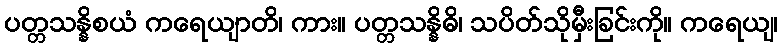
ပတ္တသန္နိစယံ ကရေယျာတိ၊ ကား။ ပတ္တသန္နိဓိ၊ သပိတ်သိုမှီးခြင်းကို။ ကရေယျ၊